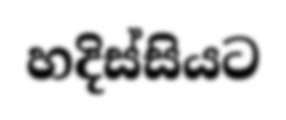
හදිස්සියට